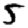
Digit: 5